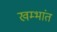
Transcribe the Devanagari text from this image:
खम्भांत